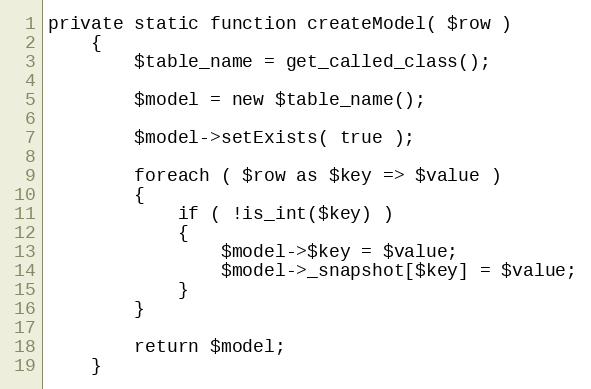
Language: PHP
private static function createModel( $row )
    {
        $table_name = get_called_class();

        $model = new $table_name();

        $model->setExists( true );

        foreach ( $row as $key => $value )
        {
            if ( !is_int($key) )
            {
                $model->$key = $value;
                $model->_snapshot[$key] = $value;
            }
        }

        return $model;
    }